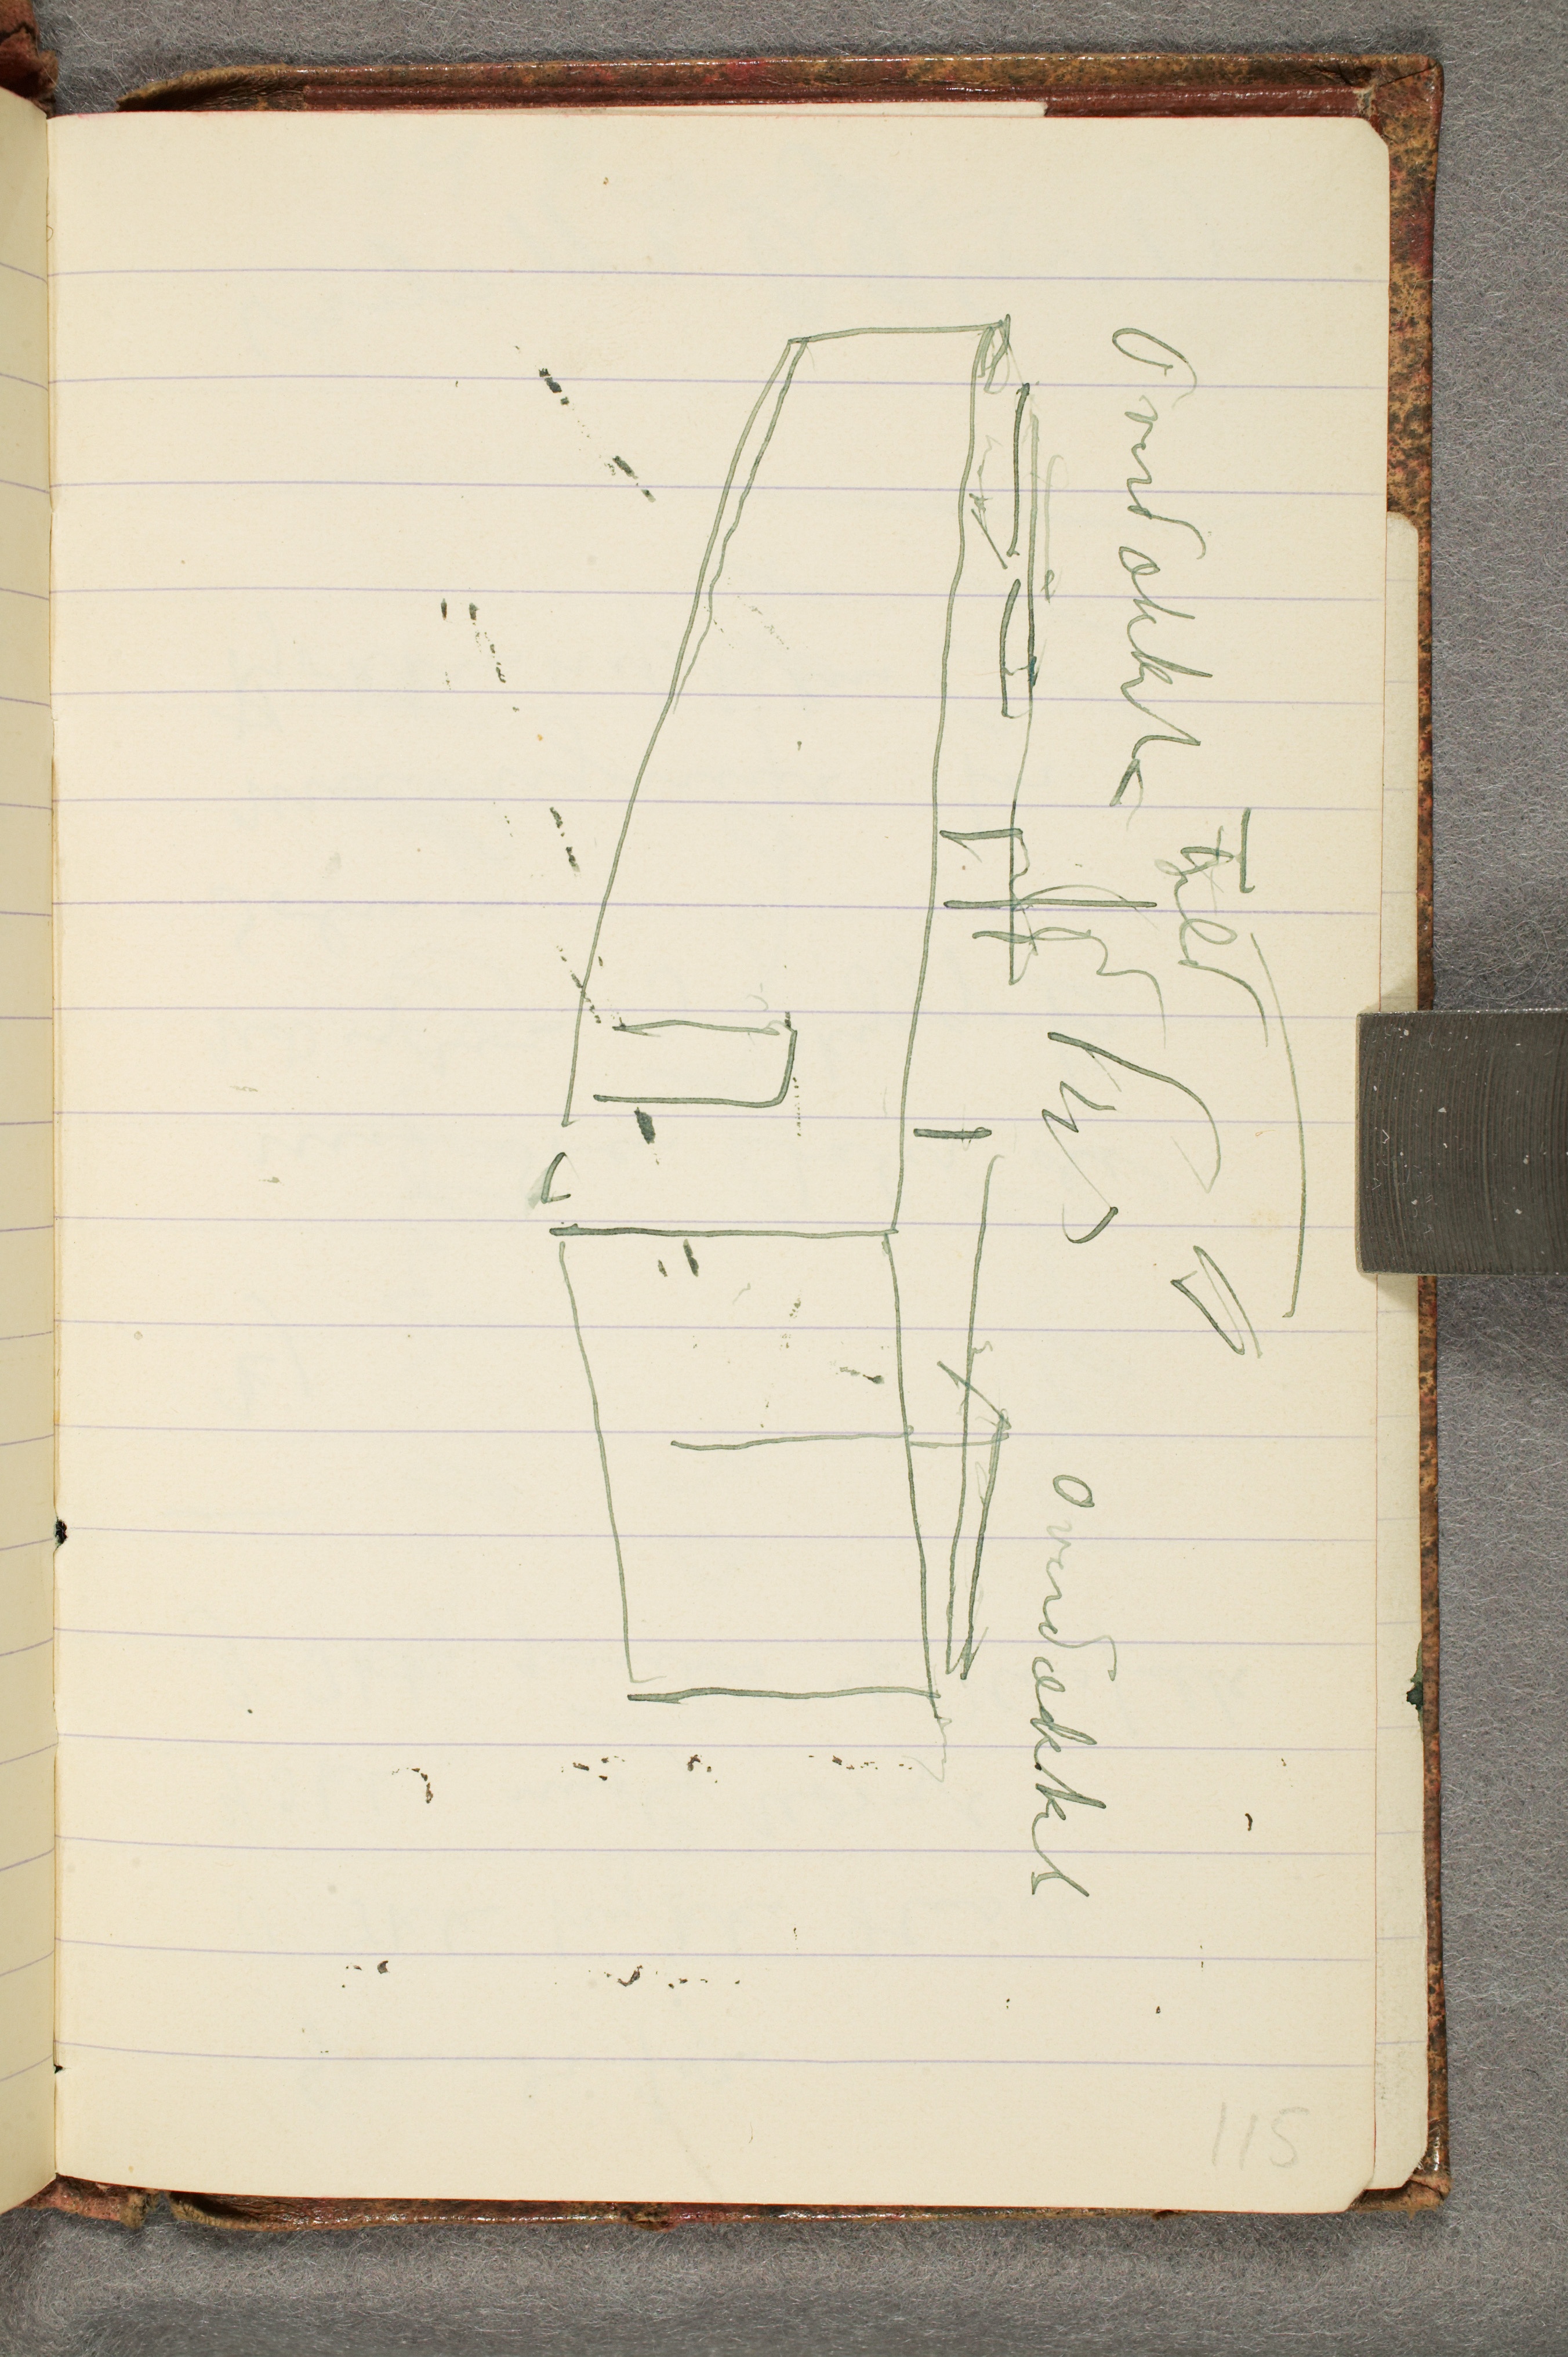
Overdækket Tjeld
Overdækket